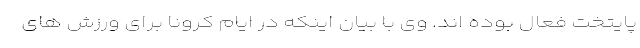
پایتخت فعال بوده اند. وی با بیان اینکه در ایام کرونا برای ورزش های